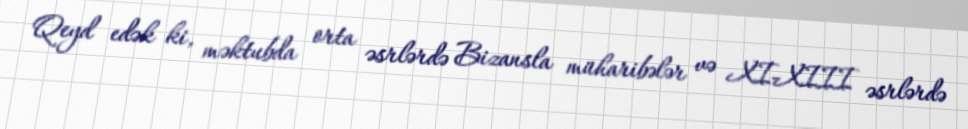
Qeyd edək ki, məktubda orta əsrlərdə Bizansla müharibələr və XI-XIII əsrlərdə